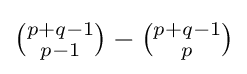
{\tbinom {p+q-1}{p-1}}-{\tbinom {p+q-1}{p}}